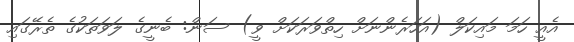
އެއީ ހަމަ މައިކަލް (އަހަރެންނަށް ހިތްވަރަކަށް ވީ) ސަން: ބެނީގެ ލަވަތަކުގެ ތެރޭގައި